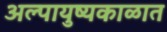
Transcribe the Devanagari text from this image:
अल्पायुष्यकाळात